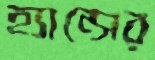
হ্যান্সের